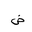
Letter: _dad